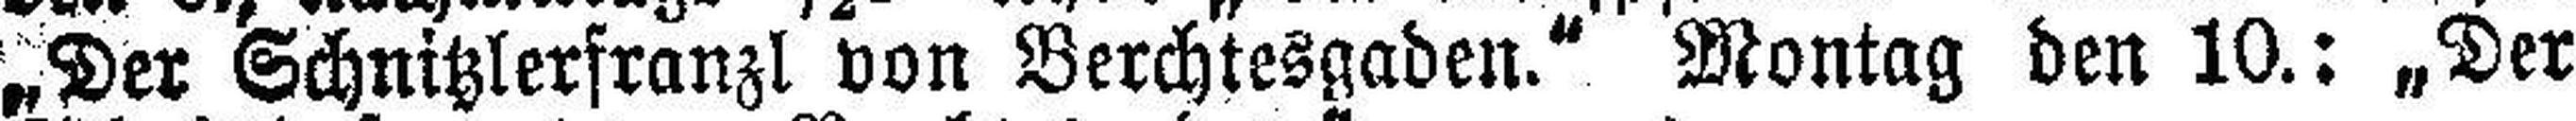
„Der Schnitzlerfranzl von Berchtesgaden.“ Montag den 10.: „Der